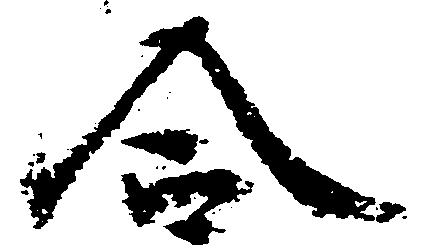
合